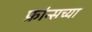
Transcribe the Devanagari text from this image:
फ्रांन्सच्या